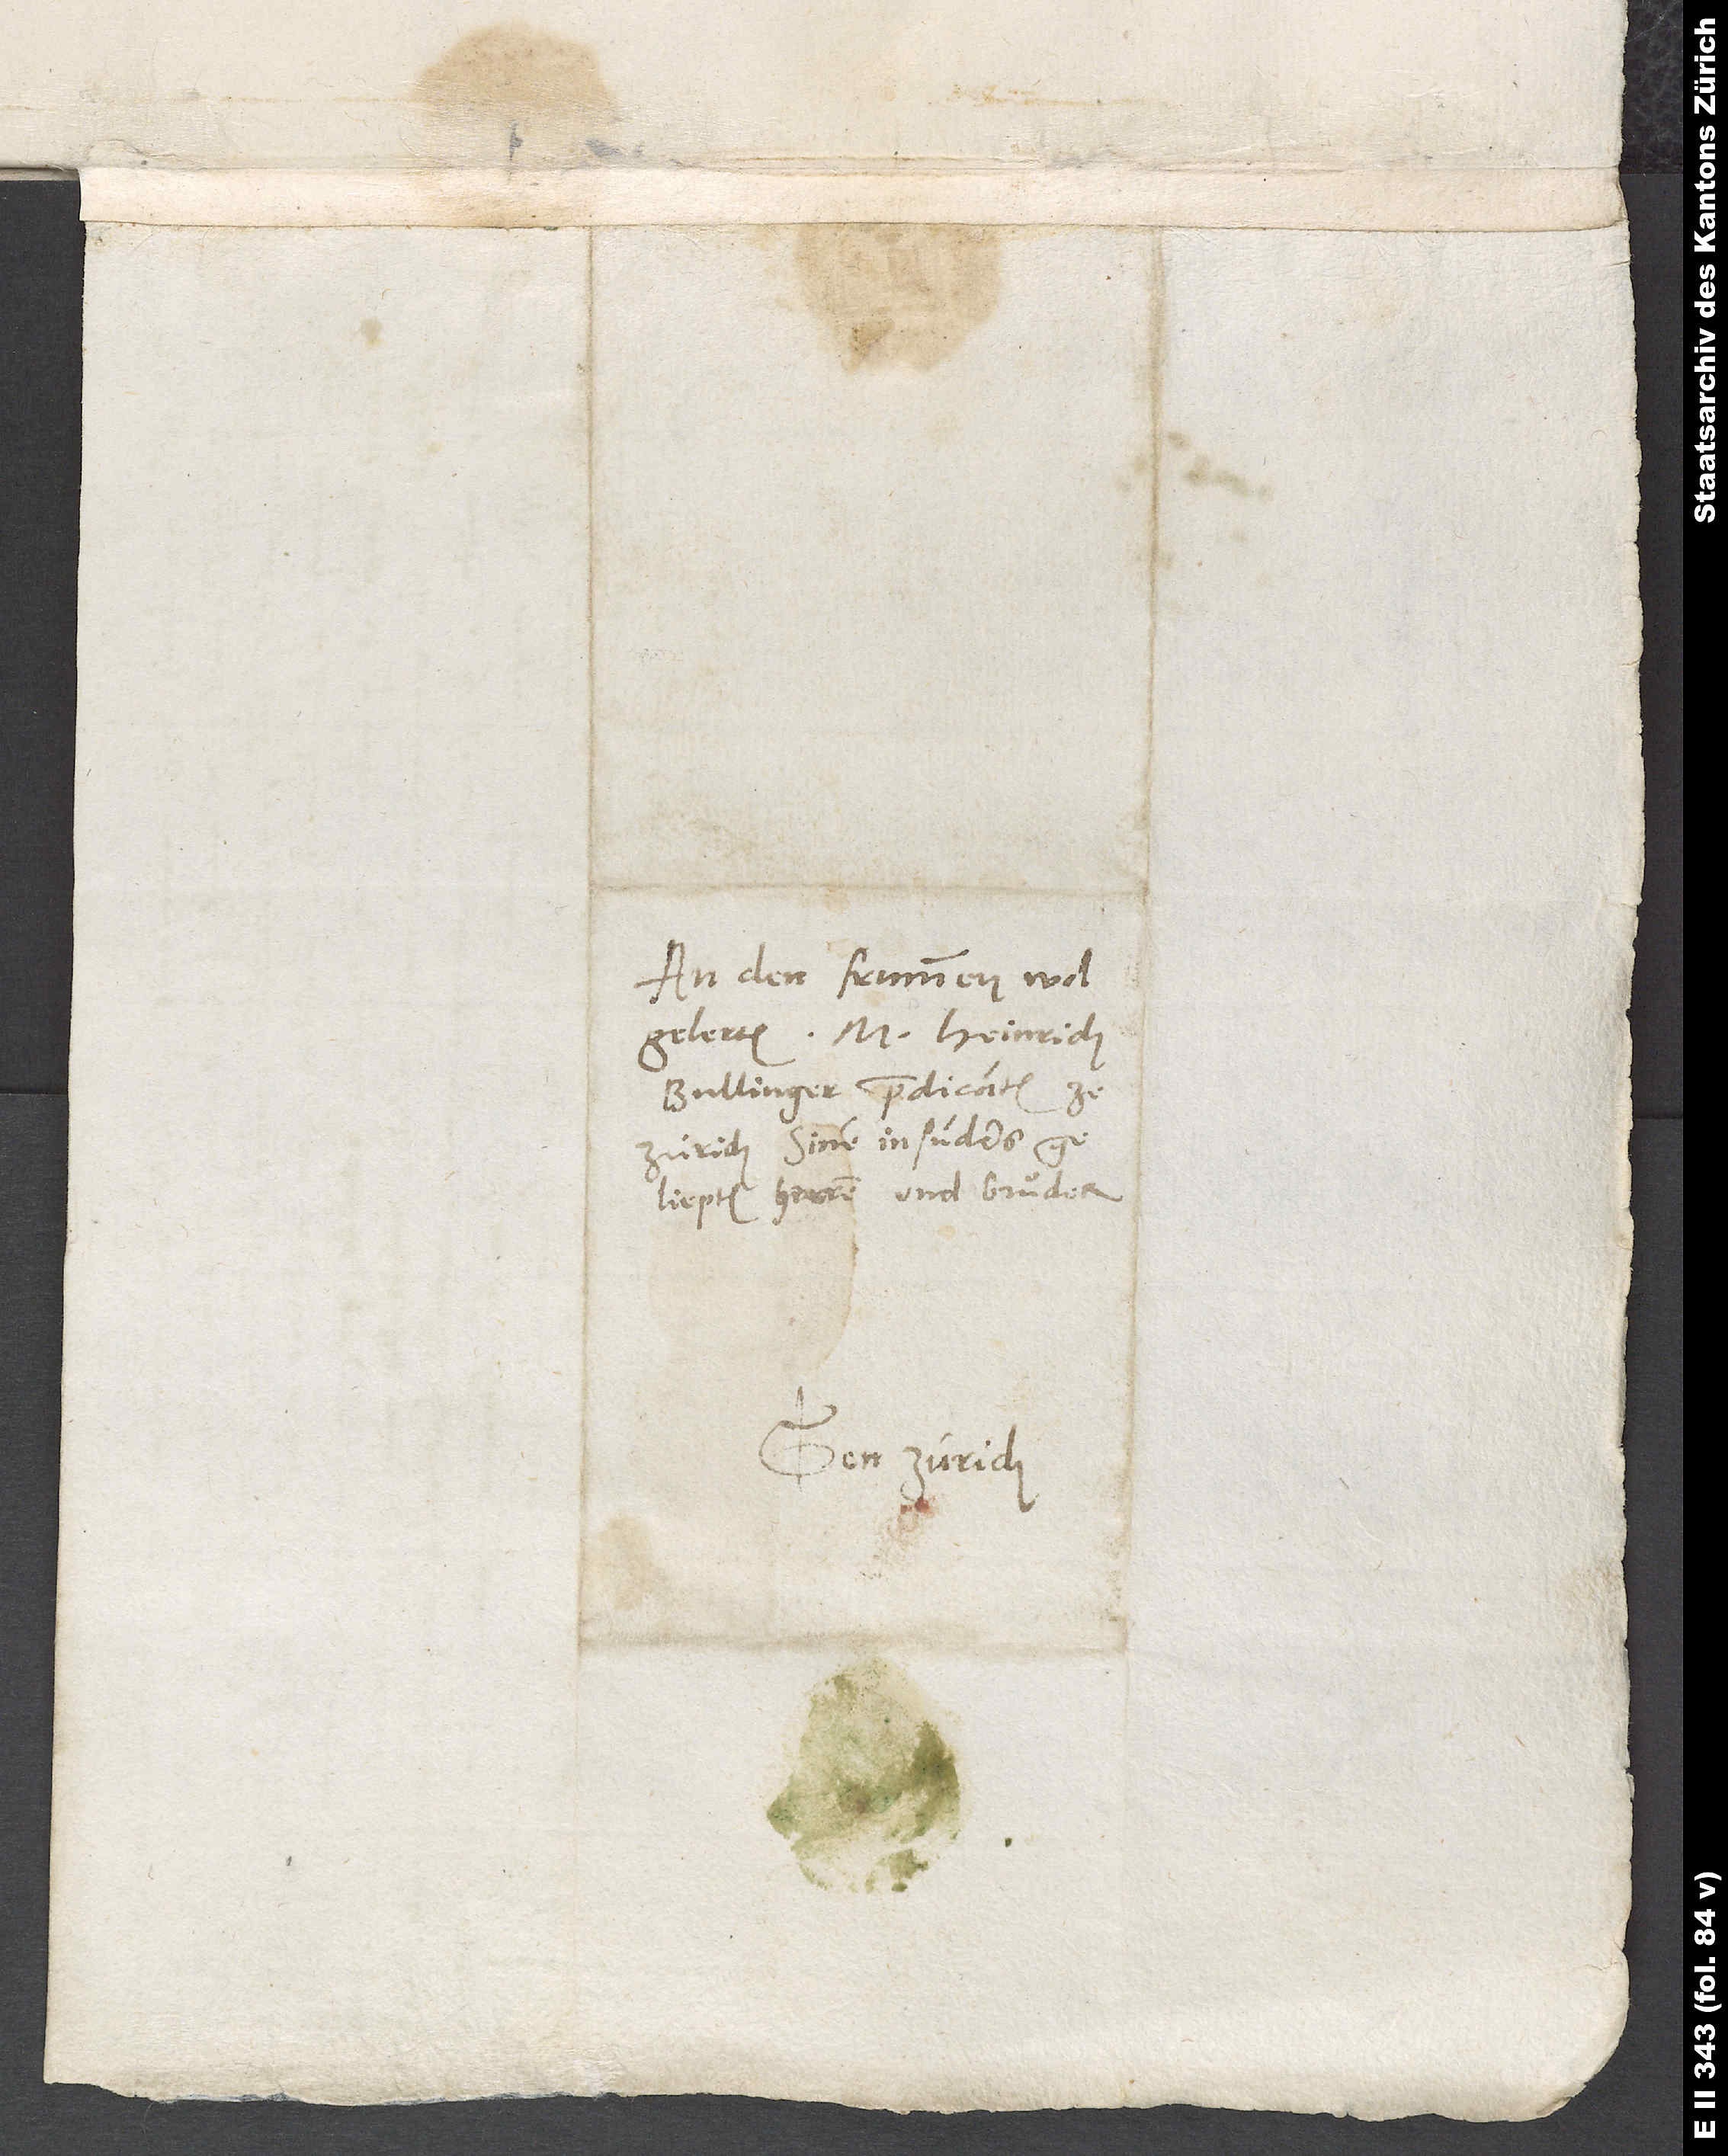
An den frummen, wolgelerten
Bullinger, predicanten ze
Zürich, sinem insunders
geliepten herren und bruͦder.
Gen Zürich.